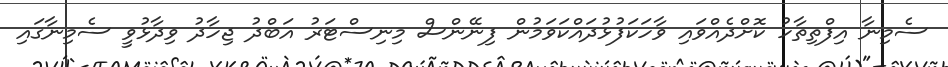
ސެމިނާ އިފްތިތާހު ކޮށްދެއްވައި ވާހަކަފުޅުދައްކަވަމުން ފިނޭންސް މިނިސްޓަރު އަބްދު ޖިހާދު ވިދާޅުވީ ސެމިނާގައި